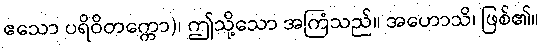
ဧသော ပရိဝိတက္ကော)၊ ဤသို့သော အကြံသည်။ အဟောသိ၊ ဖြစ်၏။